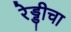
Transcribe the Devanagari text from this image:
रेड्डीचा